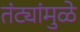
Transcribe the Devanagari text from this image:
तंट्यांमुळे